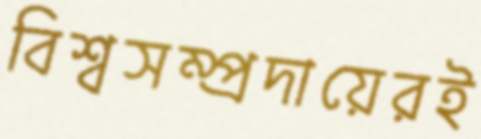
বিশ্বসম্প্রদায়েরই